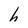
Character: h